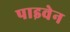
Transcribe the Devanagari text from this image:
पाइवेन